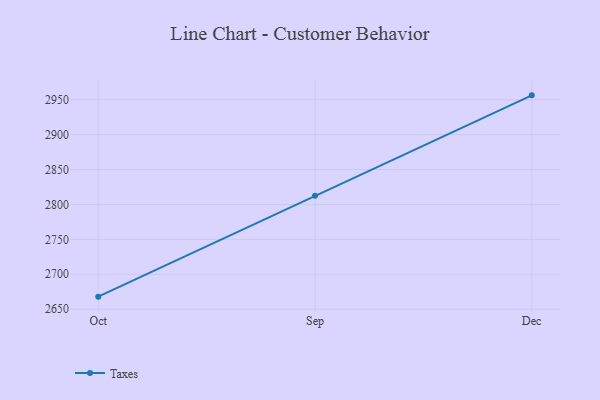
{"axis": {"x": "Month", "y": "Gross Profit (USD K)"}, "legend": ["Taxes"], "data": [{"x": "Oct", "y": 2667.9, "type": "Taxes"}, {"x": "Sep", "y": 2812.3, "type": "Taxes"}, {"x": "Dec", "y": 2956.3, "type": "Taxes"}]}